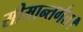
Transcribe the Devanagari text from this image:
सीमान्तर्गत।